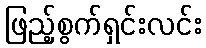
ဖြည့်စွက်ရှင်းလင်း